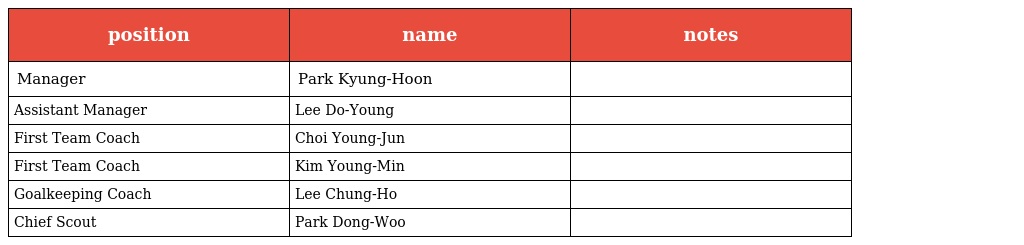
| position | name | notes |
 | --- | --- | --- |
 | Manager | Park Kyung-Hoon |  |
 | Assistant Manager | Lee Do-Young |  |
 | First Team Coach | Choi Young-Jun |  |
 | First Team Coach | Kim Young-Min |  |
 | Goalkeeping Coach | Lee Chung-Ho |  |
 | Chief Scout | Park Dong-Woo |  |